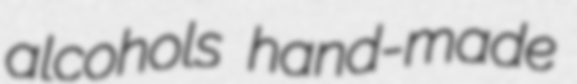
alcohols hand-made